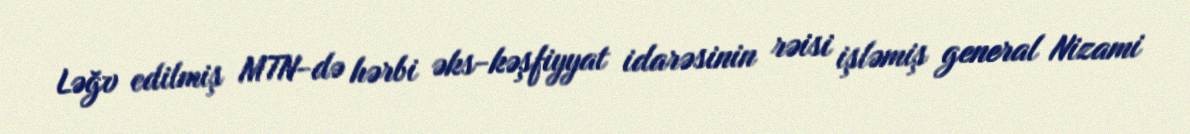
Ləğv edilmiş MTN-də hərbi əks-kəşfiyyat idarəsinin rəisi işləmiş general Nizami